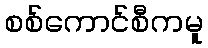
စစ်ကောင်စီကမူ